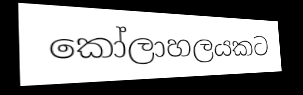
කෝලාහලයකට